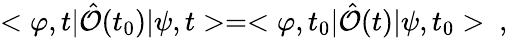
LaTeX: <\varphi,t|\hat{\cal O}(t_{0})|\psi,t>=<\varphi,t_{0}|\hat{\cal O}(t)|\psi,t_{0}>\ ,